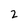
Character: 2